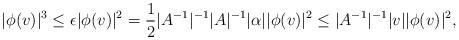
LaTeX: \begin{align*} |\phi(v)|^3 \leq \epsilon |\phi(v)|^2 = \frac{1}{2} |A^{-1}|^{-1}|A|^{-1} |\alpha| |\phi(v)|^2\leq |A^{-1}|^{-1} |v| |\phi(v)|^2, \end{align*}